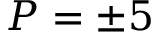
P = \pm 5